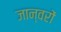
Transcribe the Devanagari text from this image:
जान्वरों